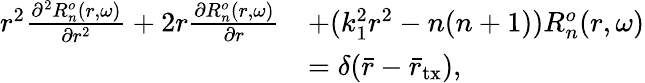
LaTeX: \begin{array}{rl}{r^{2}\frac{\partial^{2}R_{n}^{o}(r,\omega)}{\partial r^{2}}+2r\frac{\partial R_{n}^{o}(r,\omega)}{\partial r}}&{+(k_{1}^{2}r^{2}-n(n+1))R_{n}^{o}(r,\omega)}\\ &{=\delta(\bar{r}-\bar{r}_{\mathrm{tx}}),}\end{array}